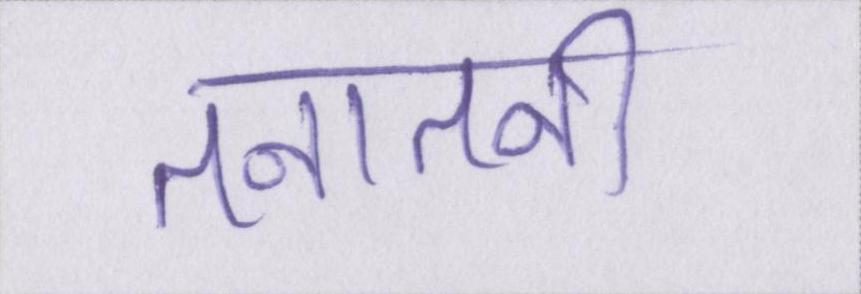
तनातनी